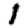
Digit: 1